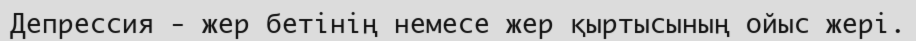
Депрессия - жер бетінің немесе жер қыртысының ойыс жері.